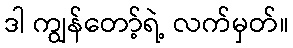
ဒါ ကျွန်တော့်ရဲ့ လက်မှတ်။